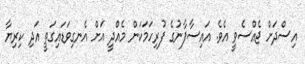
އިސްދަށް ޖެއްސެވީ އެވެ. އައިސާފާނުގެ ފުރިހަމަކަން މެއްދީ އަށް އެނގިވަޑައިގަތީ އަދި ކިރިޔާ